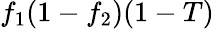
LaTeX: f_{1}(1-f_{2})(1-T)